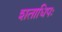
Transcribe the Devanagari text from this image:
शताधिपः